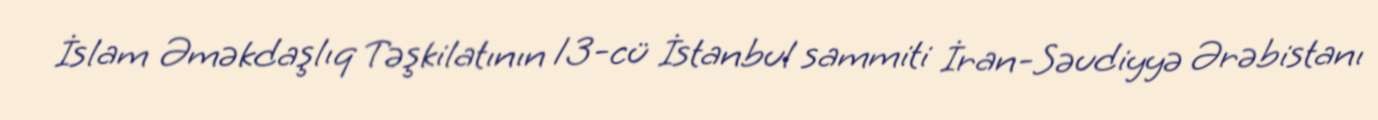
İslam Əməkdaşlıq Təşkilatının 13-cü İstanbul sammiti İran-Səudiyyə Ərəbistanı